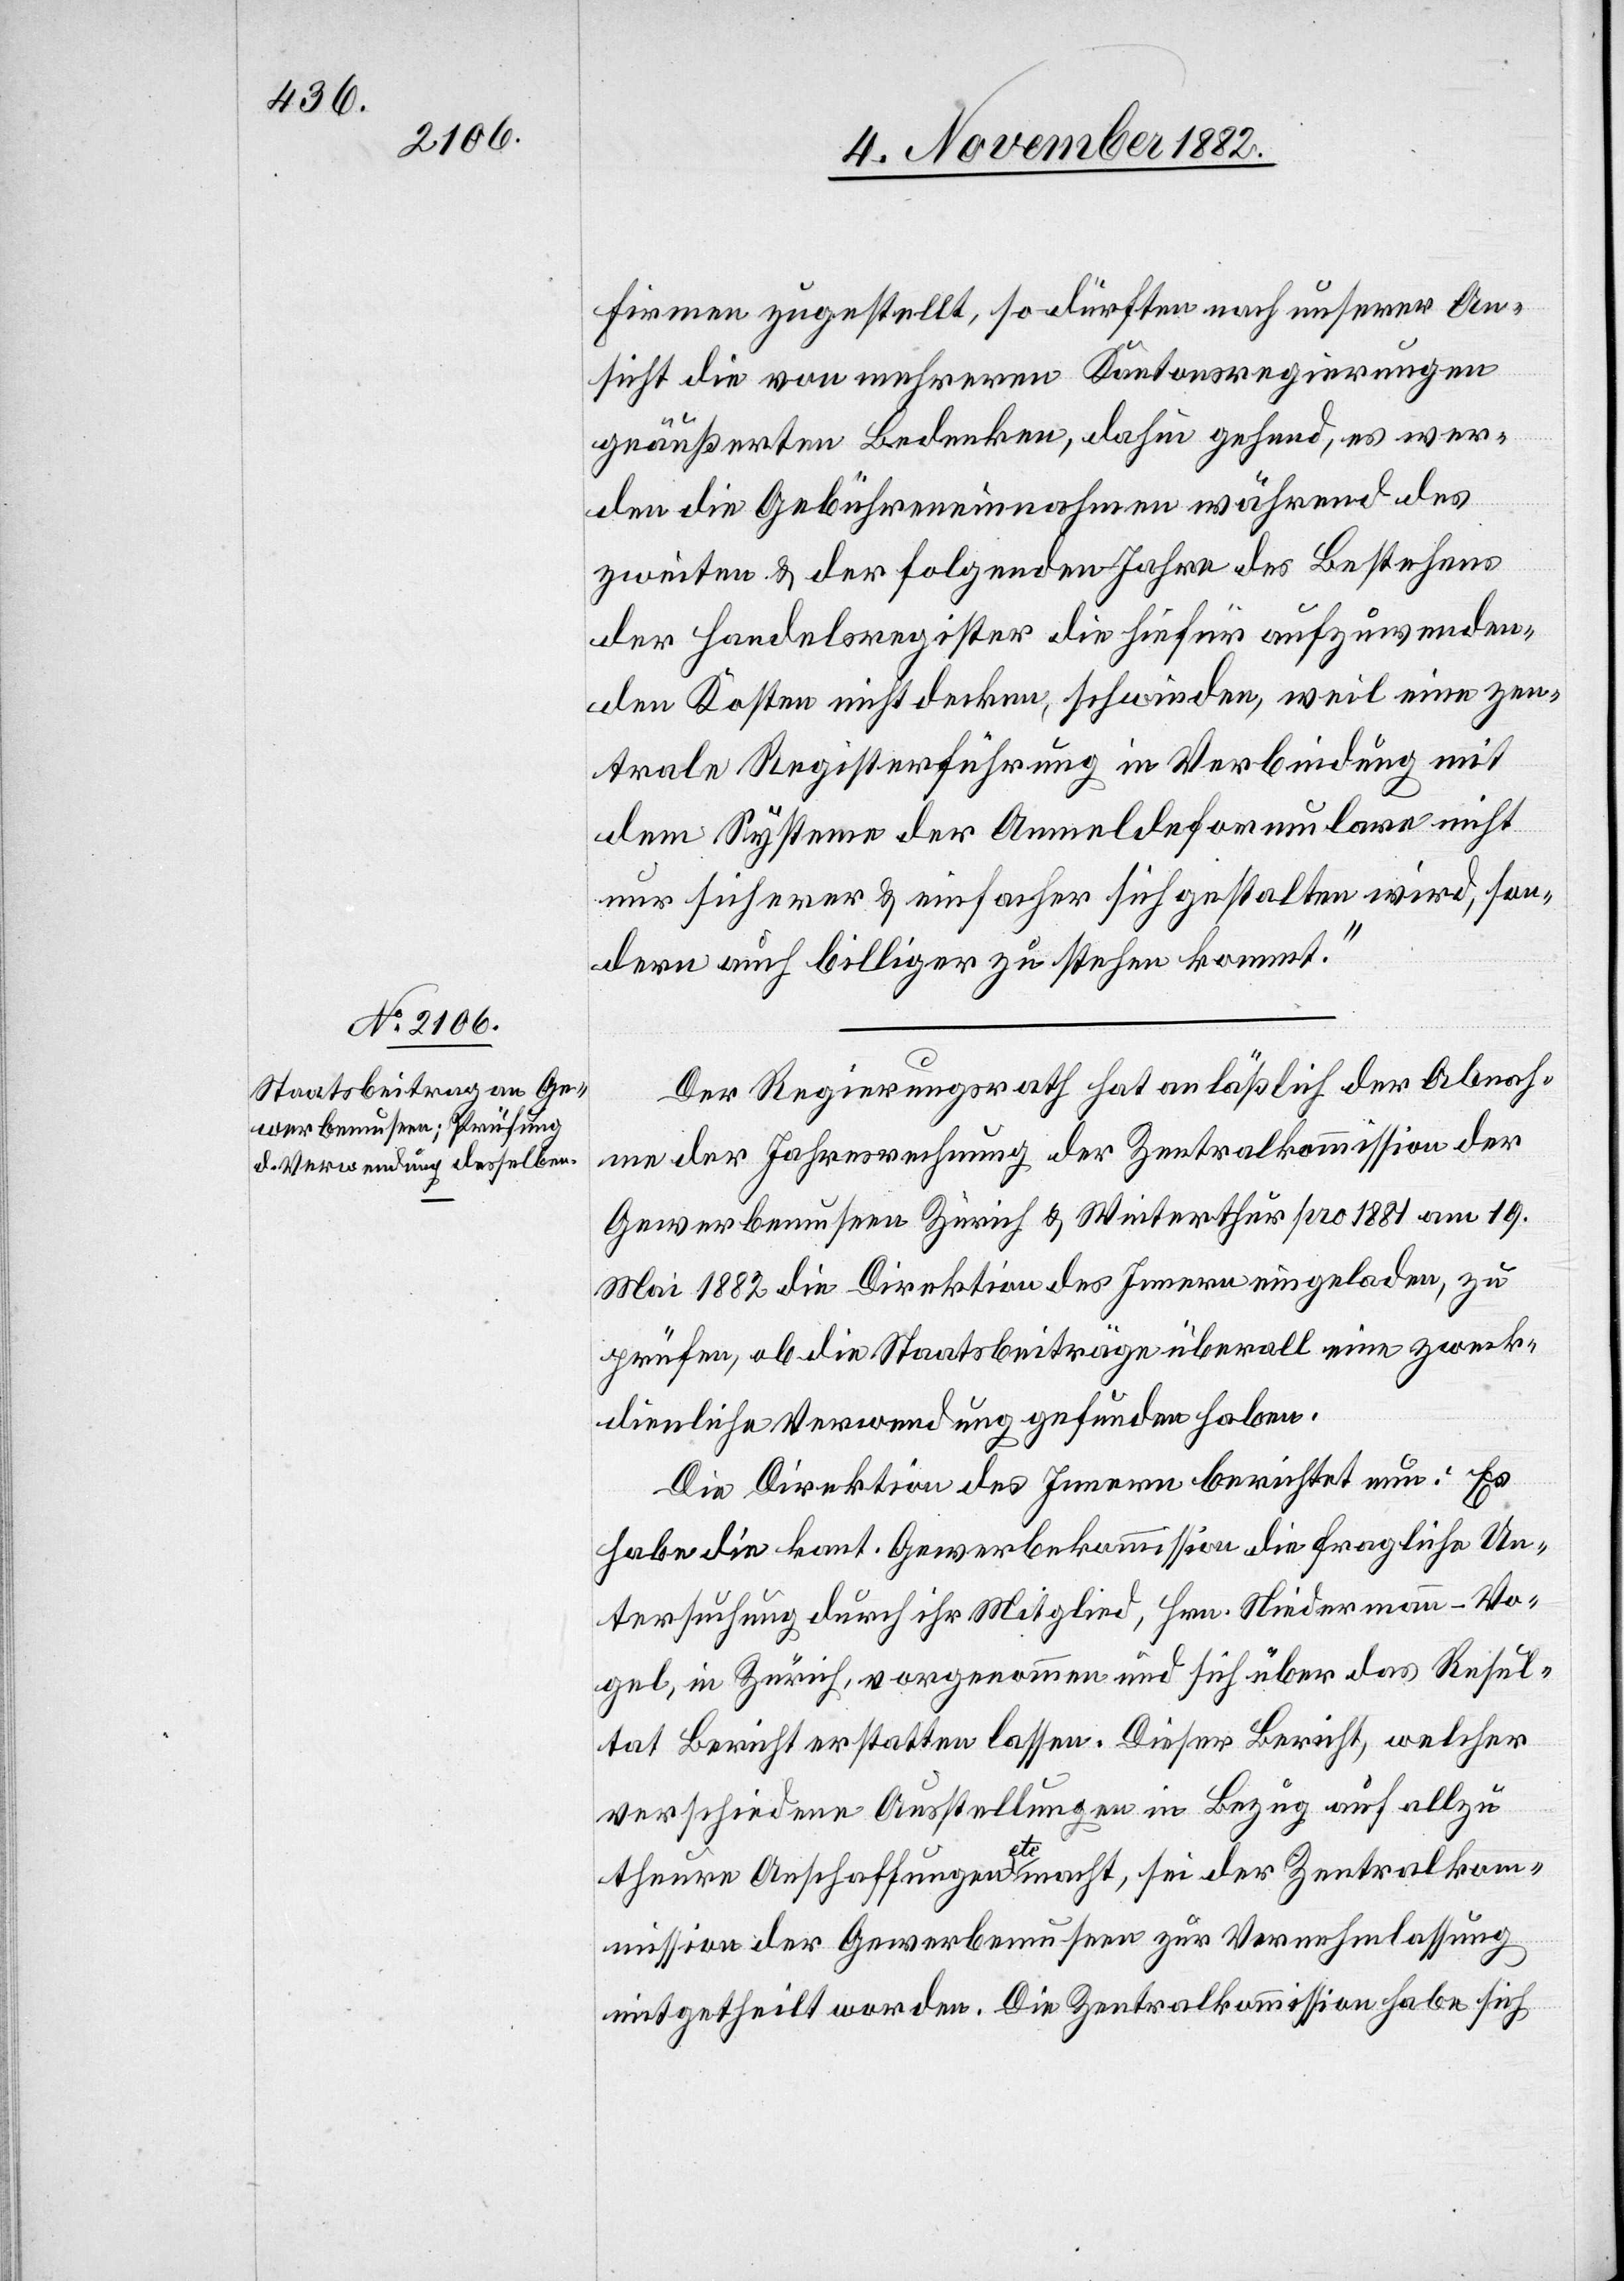
Firmen zugestellt, so dürften nach unserer An¬
sicht die von mehreren Kantonsregierungen
geäußerten Bedenken, dahin gehend, es wer¬
den die Gebühreneinnahmen während des
zweiten & der folgenden Jahre des Bestehens
der Handelsregister die hiefür aufzuwenden¬
den Kosten nicht decken, schwinden, will eine zen¬
trale Registerführung in Verbindung mit
dem Systeme der Anmeldungsformulare nicht
nur sicherer & einfach sich gestalten wird, son¬
dern auch billiger zu stehen kommt.“
Der Regierungsrath hat anläßlich der Abnah¬
me der Jahresrechnung der Zentralkommission der
Gewerbemuseen Zürich & Winterthur pro 1881 am 19.
Mai 1882 die Direktion des Innern eingeladen, zu
prüfen, ob die Staatsbeiträge überall eine zweck¬
dienliche Verwendung gefunden haben.
Die Direktion des Innern berichtet nun: Es
habe die kant. Gewerbekommission die fragliche Un¬
tersuchung durch ihr Mitglied, Hrn. Niedermann-Vo¬
gel, in Zürich, vorgenommen und sich über das Resul¬
tat Bericht erstatten lassen. Dieser Bericht, welcher
verschiedene Ausstellungen in Bezug auf allzu
theure Anschaffungen etc. macht, sei der Zentralkom¬
mission der Gewerbemuseen zur Vernehmlassung
mitgetheilt worden. Die Zentralkommission habe sich